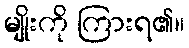
မျိုးကို ကြားရ၏။